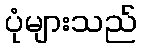
ပုံများသည်